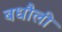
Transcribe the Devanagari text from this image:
बधौली